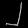
Digit: ၂